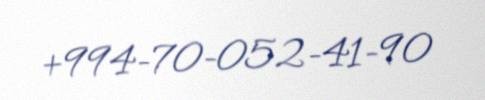
+994-70-052-41-90